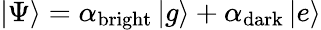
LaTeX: \left|\Psi\right\rangle=\alpha_{\mathrm{bright}}\left|g\right\rangle+\alpha_{\mathrm{dark}}\left|e\right\rangle